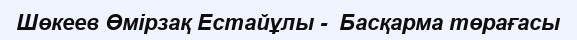
Шөкеев Өмірзақ Естайұлы -  Басқарма төрағасы